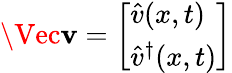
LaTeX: \Vec{\mathbf{v}}=\left[\begin{array}{l}{\hat{v}(x,t)}\\ {\hat{v}^{\dagger}(x,t)}\end{array}\right]